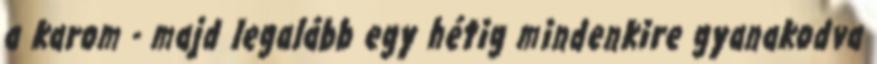
a karom - majd legalább egy hétig mindenkire gyanakodva